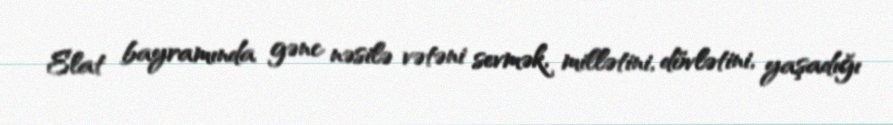
Elat bayramında gənc nəsilə vətəni sevmək, millətini, dövlətini, yaşadığı